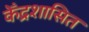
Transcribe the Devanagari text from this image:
केँद्रशासित